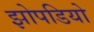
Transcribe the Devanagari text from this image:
झोपडियो